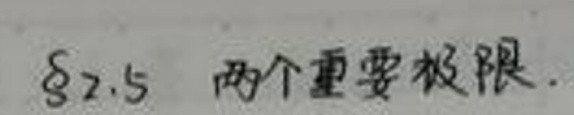
$\S 2.5$ 两个重要极限.